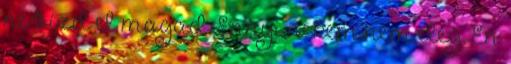
ne bízd el magad. Ennyi nekem nem elég. Én